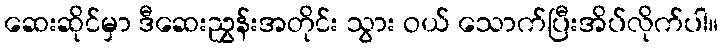
ဆေးဆိုင်မှာ ဒီဆေးညွှန်းအတိုင်း သွား ဝယ် သောက်ပြီးအိပ်လိုက်ပါ။